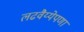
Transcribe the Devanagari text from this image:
लढवैय्येपणा